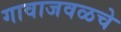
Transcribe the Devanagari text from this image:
गावाजवळचे